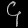
Digit: ၄